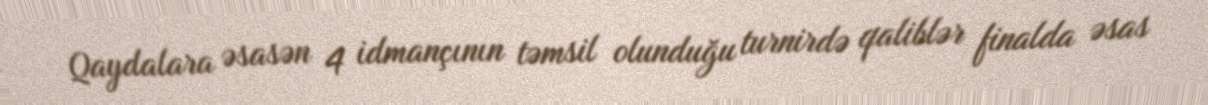
Qaydalara əsasən 4 idmançının təmsil olunduğu turnirdə qaliblər finalda əsas